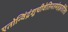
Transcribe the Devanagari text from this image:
एतोन्विंद्रंशुचीवेतिनतमंहइतीतिच